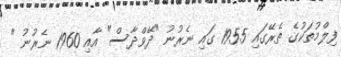
ފިލްމުތަކުގެ ތެރޭގައި 1955 ގައި ނެރުނު "ދޭވްދާސް" އާއި 1960 ނެރުނު "